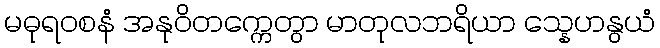
မဓုရဝစနံ အနုဝိတက္ကေတွာ မာတုလဘရိယာ သ္နေဟနွယံ